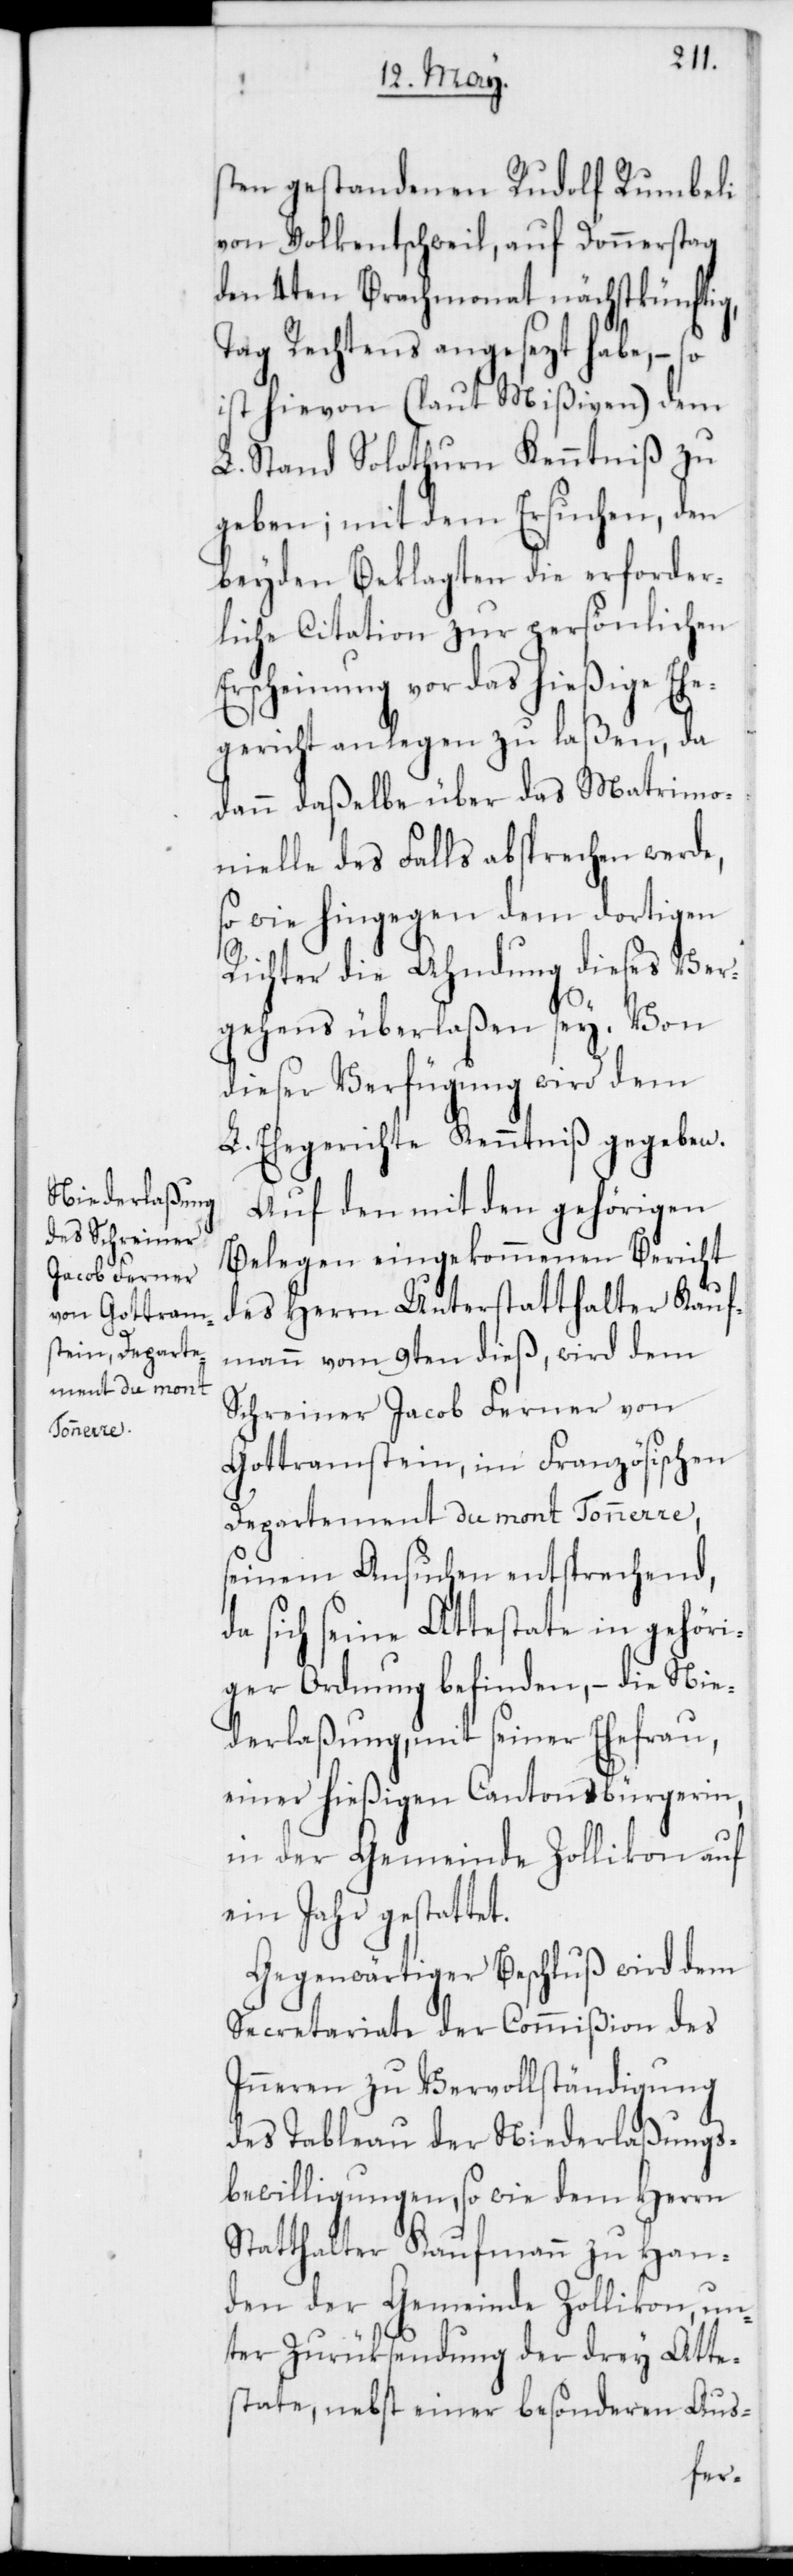
sten gestandenen Rudolf Rumbeli
von Volkentschweil, auf Donnerstag
den 4ten Brachmonat nächstkünftig,
Tag Rechtens angesezt habe, – so
ist hievon (laut Mißiven) dem
L. Stand Solothurn Kenntniß zu
geben; mit dem Ersuchen, den
beyden Beklagten die erforder¬
liche Citation zur persönlichen
Erscheinung vor das hießige Ehe¬
gericht anlegen zu laßen, da
dann daßelbe über das Matrimo¬
nielle des Falls absprechen werde,
so wie hingegen dem dortigen
Richter die Ahndung dieses Ver¬
gehens überlaßen sey. Von
dieser Verfügung wird dem
L. Ehegericht Kenntniß gegeben.
Auf den mit den gehörigen
Belegen eingekommenen Bericht
des Herrn Unterstatthalter Kauf¬
mann vom 9ten dieß, wird dem
Schreiner Jacob Ferner von
Gottramstein, im Französischen
Departement du mont Tonnerre,
seinem Ansuchen entsprechend,
da sich seine Attestate in gehöri¬
ger Ordnung befinden, – die Nie¬
derlaßung, mit seiner Ehefrau,
einer hießigen Cantonsbürgerin,
in der Gemeinde Zollikon auf
ein Jahr gestattet.
Gegenwärtiger Beschluß wird dem
Secretariate der Commißion des
Inneren zur Vervollständigung
des Tableau der Niederlaßungs¬
bewilligungen, sowie dem Herrn
Statthalter Kaufmann zu Han¬
den der Gemeinde Zollikon, un¬
ter Zurücksendung der drey Atte¬
state nebst einer besonderen Aus-